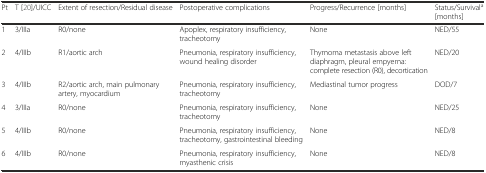
<table><thead><tr><td><b>Pt</b></td><td><b>T [20]/UICC</b></td><td><b>Extent of resection/Residual disease</b></td><td><b>Postoperative complications</b></td><td><b>Progress/Recurrence [months]</b></td><td><b>Status/Survival<sup>a</sup> [months]</b></td></tr></thead><tbody><tr><td>1</td><td>3/IIIa</td><td>R0/none</td><td>Apoplex, respiratory insufficiency, tracheotomy</td><td>None</td><td>NED/55</td></tr><tr><td>2</td><td>4/IIIb</td><td>R1/aortic arch</td><td>Pneumonia, respiratory insufficiency, wound healing disorder</td><td>Thymoma metastasis above left diaphragm, pleural empyema: complete resection (R0), decortication</td><td>NED/20</td></tr><tr><td>3</td><td>4/IIIb</td><td>R2/aortic arch, main pulmonary artery, myocardium</td><td>Pneumonia, respiratory insufficiency, tracheotomy</td><td>Mediastinal tumor progress</td><td>DOD/7</td></tr><tr><td>4</td><td>3/IIIa</td><td>R0/none</td><td>Pneumonia, respiratory insufficiency, tracheotomy</td><td>None</td><td>NED/25</td></tr><tr><td>5</td><td>4/IIIb</td><td>R0/none</td><td>Pneumonia, respiratory insufficiency, tracheotomy, gastrointestinal bleeding</td><td>None</td><td>NED/8</td></tr><tr><td>6</td><td>4/IIIb</td><td>R0/none</td><td>Pneumonia, respiratory insufficiency, myasthenic crisis</td><td>None</td><td>NED/8</td></tr></tbody></table>